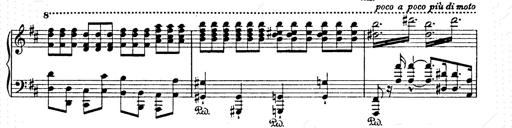
Title: AnnÃ©es de pÃ¨lerinage II
Composer: Franz Liszt